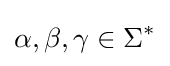
\alpha ,\beta ,\gamma \in \Sigma ^{*}